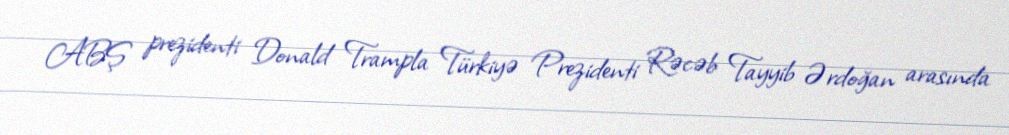
ABŞ prezidenti Donald Trampla Türkiyə Prezidenti Rəcəb Tayyib Ərdoğan arasında